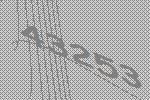
43253